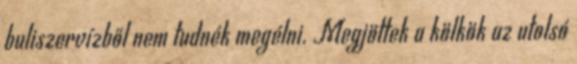
buliszervízből nem tudnék megélni. Megjöttek a kölkök az utolsó